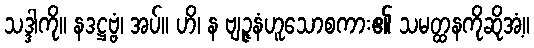
သဒ္ဒါကို။ နဒဋ္ဌဗ္ဗံ၊ အပ်။ ဟိ၊ န ဗျဉ္ဇနံဟူသောစကား၏ သမတ္ထနကိုဆိုအံ့။